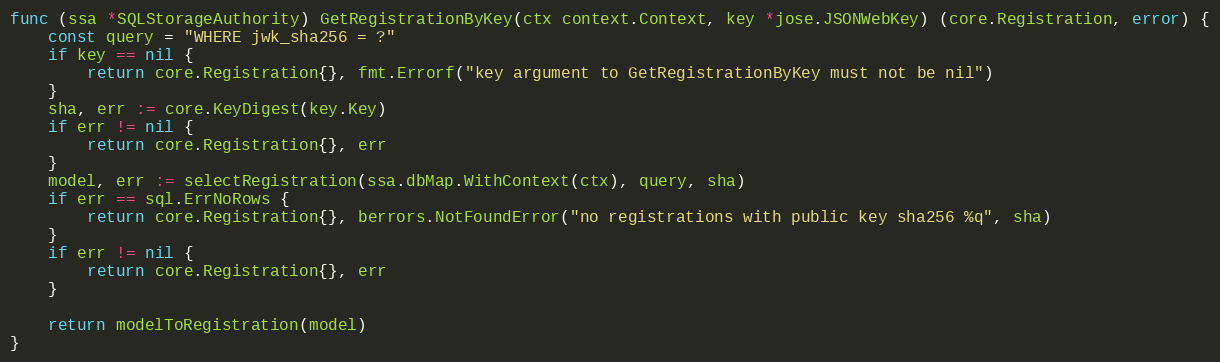
Language: Go
func (ssa *SQLStorageAuthority) GetRegistrationByKey(ctx context.Context, key *jose.JSONWebKey) (core.Registration, error) {
	const query = "WHERE jwk_sha256 = ?"
	if key == nil {
		return core.Registration{}, fmt.Errorf("key argument to GetRegistrationByKey must not be nil")
	}
	sha, err := core.KeyDigest(key.Key)
	if err != nil {
		return core.Registration{}, err
	}
	model, err := selectRegistration(ssa.dbMap.WithContext(ctx), query, sha)
	if err == sql.ErrNoRows {
		return core.Registration{}, berrors.NotFoundError("no registrations with public key sha256 %q", sha)
	}
	if err != nil {
		return core.Registration{}, err
	}

	return modelToRegistration(model)
}